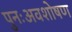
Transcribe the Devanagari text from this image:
पुनःअवशोषण